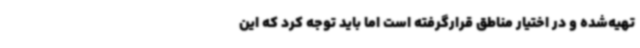
تهیه‌شده و در اختیار مناطق قرارگرفته است اما باید توجه کرد که این